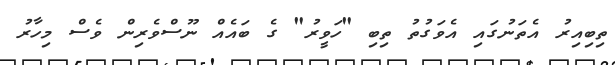
ތިބިއިރު އެތަނުގައި އެވަގުތު ތިބި "ހަވީރު" ގެ ބައެއް ނޫސްވެރިން ވެސް މިހާރު